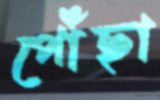
পৌঁছা